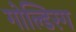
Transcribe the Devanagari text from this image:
गोल्डिरग